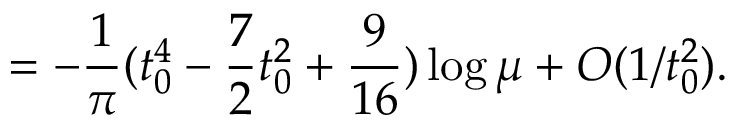
= - \frac { 1 } { \pi } ( t _ { 0 } ^ { 4 } - \frac { 7 } { 2 } t _ { 0 } ^ { 2 } + \frac { 9 } { 1 6 } ) \log \mu + O ( 1 / t _ { 0 } ^ { 2 } ) .